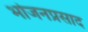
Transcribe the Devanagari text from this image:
भोजनप्रसाद